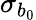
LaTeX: \sigma_{b_{0}}